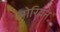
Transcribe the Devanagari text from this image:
नोरियन